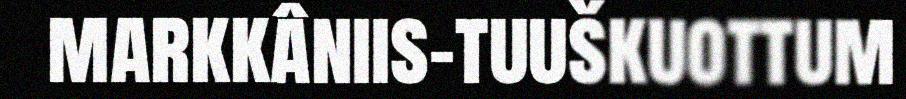
markkâniis-tuuškuottum